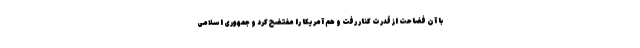
با آن فضاحت از قدرت کنار رفت و هم آمریکا را مفتضح کرد و جمهوری اسلامی